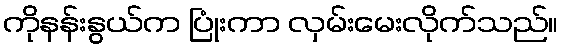
ကိုနန်းနွယ်က ပြုံးကာ လှမ်းမေးလိုက်သည်။